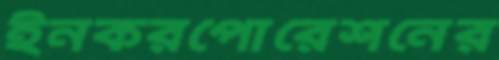
ইনকরপোরেশনের